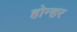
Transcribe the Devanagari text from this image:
होन्हर